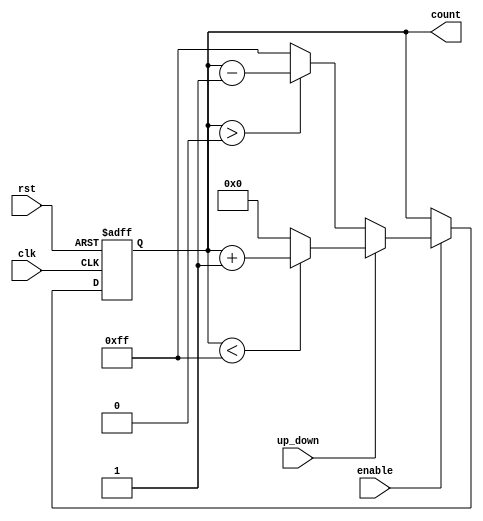
module pulse_counter (
    input wire clk,                // Pulse Input
    input wire rst,                // Reset Input
    input wire up_down,            // Count Direction (1 for up, 0 for down)
    input wire enable,             // Enable counting (optional)
    output reg [7:0] count         // Count Output (8-bit counter)
);

    // Define maximum and minimum count values
    parameter MAX_COUNT = 8'd255;  // Maximum count value (for 8-bit counter)
    parameter MIN_COUNT = 8'd0;    // Minimum count value

    // Asynchronous reset and counting logic
    always @(posedge clk or posedge rst) begin
        if (rst) begin
            count <= MIN_COUNT;      // Reset the count to zero
        end else if (enable) begin
            // Count only if enabled
            if (up_down) begin
                // Up counting
                if (count < MAX_COUNT) begin
                    count <= count + 1;  // Increment count
                end else begin
                    count <= MIN_COUNT;  // Wrap around to zero
                end
            end else begin
                // Down counting
                if (count > MIN_COUNT) begin
                    count <= count - 1;  // Decrement count
                end else begin
                    count <= MAX_COUNT;  // Wrap around to max value
                end
            end
        end
    end

endmodule